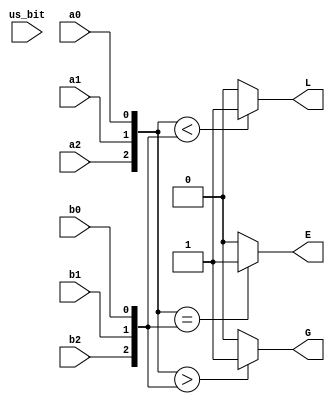
module comparator_both (a0,a1,a2,b0,b1,b2,us_bit,G,E,L);
input a0,a1,a2,b0,b1,b2,us_bit;
output G,E,L;
reg G,E,L;
always@(a0 or a1 or a2 or b0 or b1 or a2 or us_bit)
 begin
	 if (us_bit == 1)
		begin 
			if ({a2,a1,a0}<{b2,b1,b0})
				L<= 1;
			else 
				L<= 0;
			if ({a2,a1,a0}>{b2,b1,b0})
				G <= 1;
			else 
				G <= 0;
			if ({a2,a1,a0}=={b2,b1,b0})
				E <= 1;
			else 
				E <= 0;
		end 
	 else 
		begin 
			if({$signed(a2),$signed(a1),$signed(a0)} < {$signed(b2),$signed(b1),$signed(b0)})	
				L <= 1;
			else 
				L <= 0;
			if({$signed(a2),$signed(a1),$signed(a0)} > {$signed(b2),$signed(b1),$signed(b0)})	
				G <= 1;
			else 
				G <= 0;
			if({$signed(a2),$signed(a1),$signed(a0)} == {$signed(b2),$signed(b1),$signed(b0)})	
				E <= 1;
			else 
				E <= 0;
		end 
 end 
 endmodule